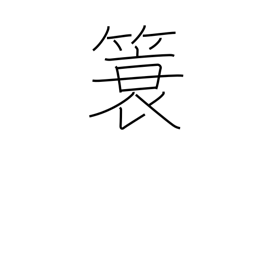
Meaning: a coat raincoat